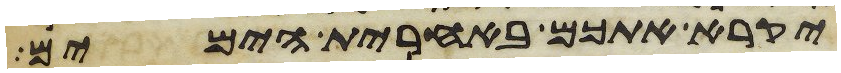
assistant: יקרא אתכם באחרית הימים